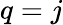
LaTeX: q=j